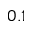
0 . 1